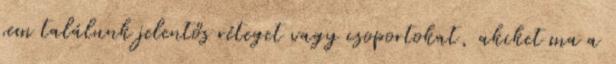
sem találunk jelentős réteget vagy csoportokat, akiket ma a